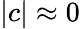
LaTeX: |c|\approx 0